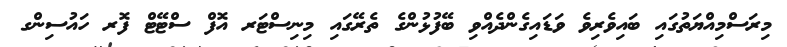
މިރަސްމިއްޔަތުގައި ބައިވެރިވެ ވަޑައިގެންދެއްވި ބޭފުޅުންގެ ތެރޭގައި މިނިސްޓަރ އޮފް ސްޓޭޓް ފޮރ ހައުސިންގ